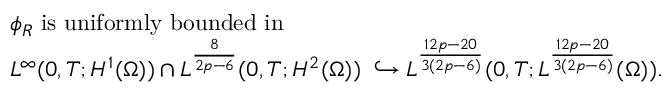
\begin{array} { r l } & { \phi _ { R } \; \mathrm { i s ~ u n i f o r m l y ~ b o u n d e d ~ i n } \; } \\ & { L ^ { \infty } ( 0 , T ; H ^ { 1 } ( \Omega ) ) \cap L ^ { \frac { 8 } { 2 p - 6 } } ( 0 , T ; H ^ { 2 } ( \Omega ) ) \; \hookrightarrow L ^ { \frac { 1 2 p - 2 0 } { 3 ( 2 p - 6 ) } } ( 0 , T ; L ^ { \frac { 1 2 p - 2 0 } { 3 ( 2 p - 6 ) } } ( \Omega ) ) . } \end{array}